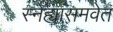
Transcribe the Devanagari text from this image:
स्नेह्यांसमवेत